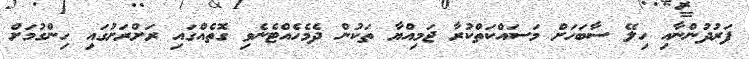
ފަރުދުންނާއި ހިލޭ ސާބަހަށް މަސައްކަތްކުރާ ޖަމިއްޔާ ތަކުން ދެމެހެއްޓެނެވި ގޮތެއްގައި ރަށްރަށުގައި ހިންގުމަށް